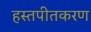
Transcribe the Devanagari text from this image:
हस्तपीतकरण